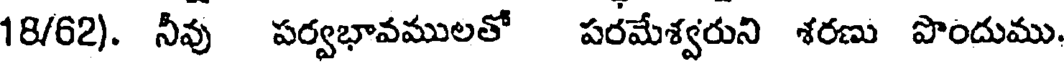
18/62). నీవు పర్వభావములతో పరమేశ్వరుని శరణు పొందుము.